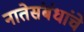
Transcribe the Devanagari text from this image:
नातेसंबंधांचे